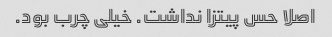
اصلا حس پیتزا نداشت. خیلی چرب بود.